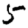
Digit: 5